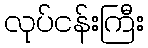
လုပ်ငန်းကြီး